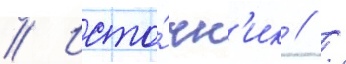
// Исто́чн'ик // /